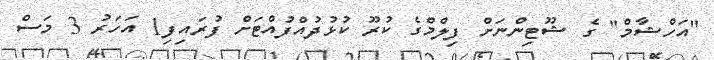
"އަހްޝާމް" ގެ ޝޫޓިންނަށް ފިލްމްގެ ކުރޫ ކުޅުދުއްފުއްޓަށް ފުރައިފި1 އަހަރު 3 މަސް